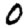
Digit: 0